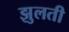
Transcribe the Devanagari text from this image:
झुलती